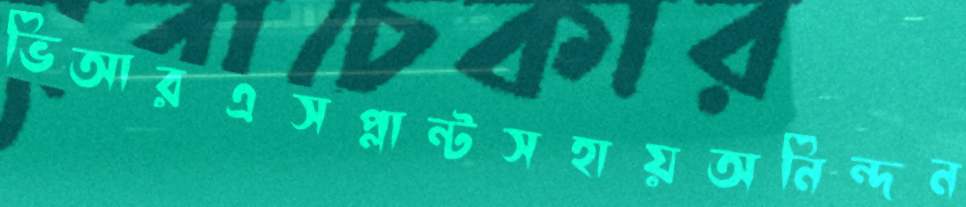
ভিআরএসপ্লান্টসহায়অনিন্দন